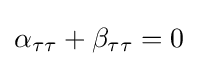
\alpha _{\tau \tau }+\beta _{\tau \tau }=0